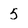
Character: 5